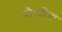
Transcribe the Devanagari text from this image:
थोरलीचा